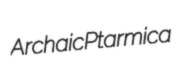
Archaic Ptarmica